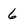
Character: 6